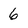
Character: 6